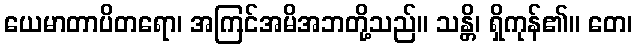
ယေမာတာပိတရော၊ အကြင်အမိအဘတို့သည်။ သန္တိ၊ ရှိကုန်၏။ တေ၊